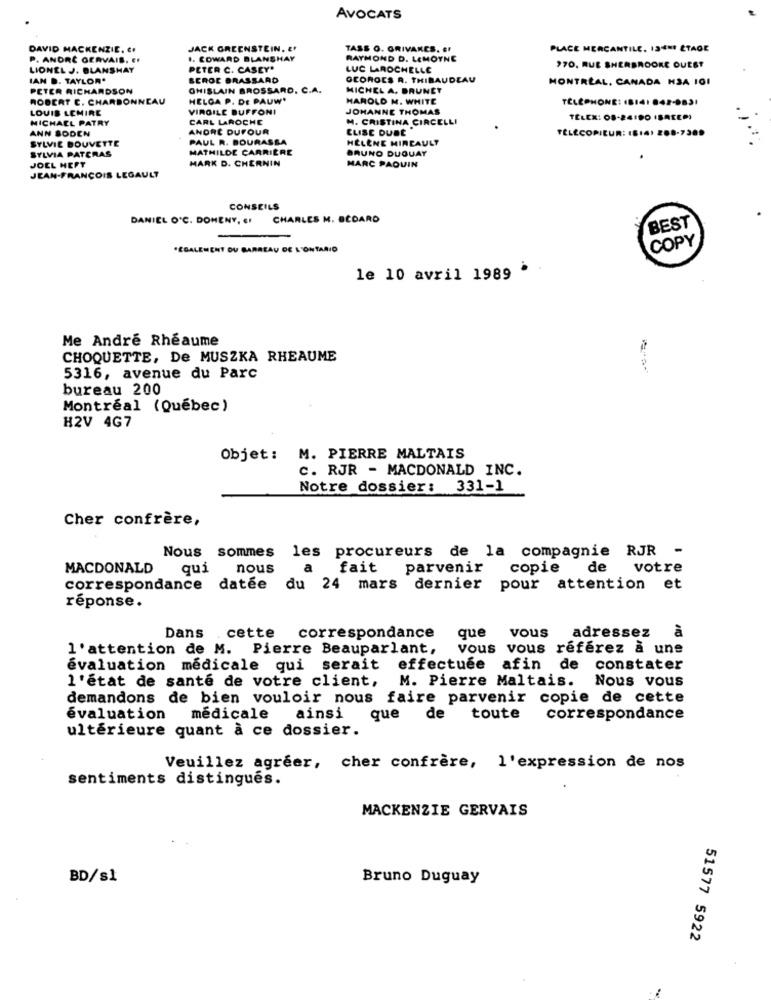
AVOCATS
DAVID MACKENZIE. C.
JACK GREENSTEIN. E'
TASS O. GRIVANCS. EF
PLACE MERCANTILE. 13 *** ÉTAGE
P. ANDRÉ GERVAIS. EF
I. EDWARD BLANSHAY
RAYMOND D. LEMOYNE
LIONEL J. BLANSHAY
PETER C. CASEY*
LUC LAROCHELLE
970, RUE SHERBROOKE OUEST
IAN D. TAYLOR.
SEROC BRASSARD
OCOROCS A. THIBAUDEAU
MONTREAL, CANADA H3A 101
PETER RICHARDSON
GHISLAIN BROSSARD. C.A.
MICHEL A. BRUNET
ROBERT C. CHARBONNEAU
HELGA P. DE PAUW'
HAROLD M. WHITE
TELEPHONE: (BI41 842-0831
LOUIS LEMIRE
VIRGILE BUFFONI
JOHANNE THOMAS
MICHAEL PATRY
CARL LAROCHE
M. CRISTINA CIRCELLI
TELEX: 08-24190 (BAEEM)
ANN BODEN
ANDRE DUFOUR
CLISE DUBE
TÉLÉCOPIEUR: (814) 288-7309
SYLVIE BOUVETTE
PAUL R. BOURASSA
HELENE MIRCAULT
SYLVIA PATERAS
MATHILDE CARRIERE
BRUNO DUQUAY
MARK D. CHERNIN
JOEL HEFT
MARC PAQUIN
JEAN-FRANÇOIS LEGAULT
CONSEILS
DANIEL O'C. DOMENY, EI
CHARLES M. BEDARD
BEST
COPY
"ÉGALEMENT DU GARREAU DE L'ONTARIO
le 10 avril 1989 *
Me André Rhéaume
CHOQUETTE, De MUSZKA RHEAUME
5316, avenue du Parc
bureau 200
Montréal (Québec)
H2V 4G7
Objet: M. PIERRE MALTAIS
C. RJR - MACDONALD INC.
Notre dossier: 331-1
Cher confrère,
Nous sommes les procureurs de la compagnie RJR -
MACDONALD
qui
nous
a
fait
parvenir
copie
de
votre
correspondance datee du 24 mars dernier
pour attention et
réponse.
que
adressez
Dans cette correspondance
vous
l'attention de M. Pierre Beauparlant,
vous vous referez a une
évaluation médicale qui serait effectuée afin de constater
l'état de santé de votre client,
M. Pierre Maltais.
Nous vous
demandons de bien vouloir nous faire parvenir copie de cette
évaluation
medicale
ainsi que de toute
correspondance
ultérieure quant à ce dossier.
Veuillez agréer, cher confrère, l'expression de nos
sentiments distingués.
MACKENZIE GERVAIS
BD/s1
Bruno Duguay
51577 5922
!